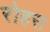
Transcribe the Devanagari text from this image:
रोहरा